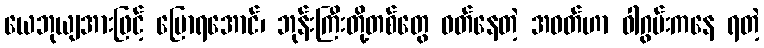
ယေဘုယျအားဖြင့် ပြောရအောင်၊ ဘုန်းကြီးတို့တစ်တွေ ဝတ်နေတဲ့ အဝတ်ဟာ ဝါဂွမ်းကနေ ရတဲ့